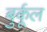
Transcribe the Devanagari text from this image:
बुर्कूल